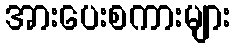
အားပေးစကားများ